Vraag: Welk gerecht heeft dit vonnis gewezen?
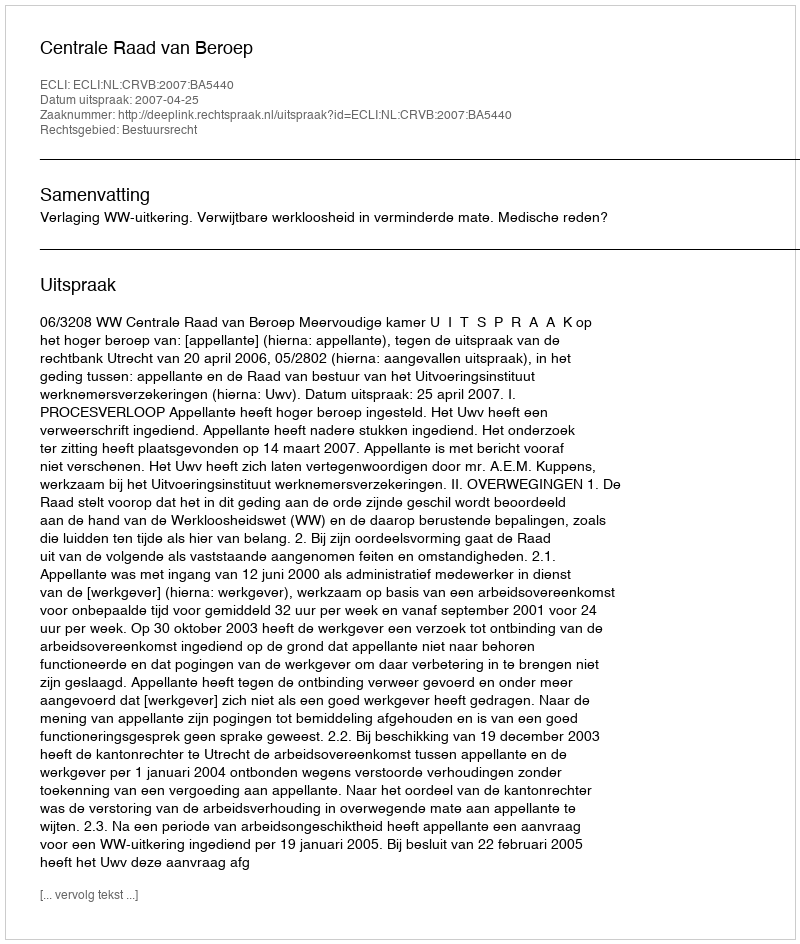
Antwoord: Centrale Raad van Beroep